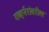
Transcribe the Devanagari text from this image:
गव्हर्नरांवरील